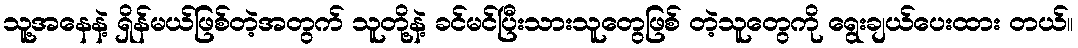
သူ့အနေနဲ့ ရှိန်မယ်ဖြစ်တဲ့အတွက် သူတို့နဲ့ ခင်မင်ပြီးသားသူတွေဖြစ် တဲ့သူတွေကို ရွေးချယ်ပေးထား တယ်။